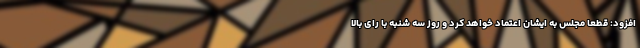
افزود: قطعا مجلس به ایشان اعتماد خواهد کرد و روز سه شنبه با رای بالا